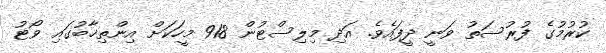
ކުރުމުގެ ފުރުސަތު ވަނީ ދީފައެވެ. އަދި މިލިސްޓުން 918 މީހަކަށް އިންތިޚާބުގައި ވޯޓު